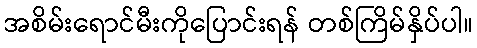
အစိမ်းရောင်မီးကိုပြောင်းရန် တစ်ကြိမ်နှိပ်ပါ။